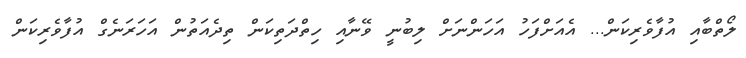
ލޯތްބާއި އުފާވެރިކަން... އެއަށްފަހު އަހަންނަށް ލިބުނީ ވޭނާއި ހިތްދަތިކަން ތިދެއަތުން އަހަރަނެގް އުފާވެރިކަން